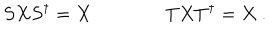
LaTeX: S X S ^ { \dagger } = X \qquad \qquad T X T ^ { \dagger } = X \ .